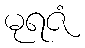
မုရဇံ